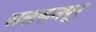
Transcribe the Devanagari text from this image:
सलकनपूर